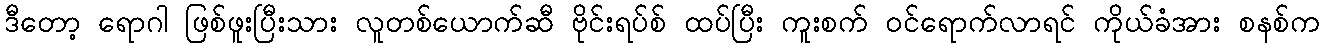
ဒီတော့ ရောဂါ ဖြစ်ဖူးပြီးသား လူတစ်ယောက်ဆီ ဗိုင်းရပ်စ် ထပ်ပြီး ကူးစက် ဝင်ရောက်လာရင် ကိုယ်ခံအား စနစ်က